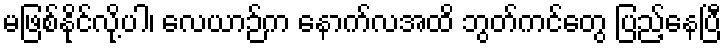
မဖြစ်နိုင်လို့ပါ၊ လေယာဉ်က နောက်လအထိ ဘွတ်ကင်တွေ ပြည့်နေပြီ